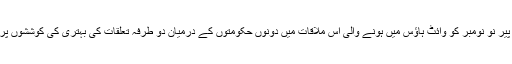
امریکی دورے پر پہنچے بینجمن نیتن یاہو اور امریکی صدر کے درمیان پیر نو نومبر کو وائٹ ہاؤس میں ہونے والی اس ملاقات میں دونوں حکومتوں کے درمیان دو طرفہ تعلقات کی بہتری کی کوششوں پر بھی بات ہوئی جو ایرانی جوہری معاہدے کے بعد سے تناؤ کا شکار ہیں۔